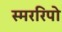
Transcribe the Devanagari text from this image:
स्मररिपो